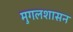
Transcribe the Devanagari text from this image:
मुगलशासन